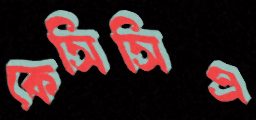
কেসিসিএ